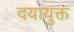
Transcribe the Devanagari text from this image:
दयायुक्त